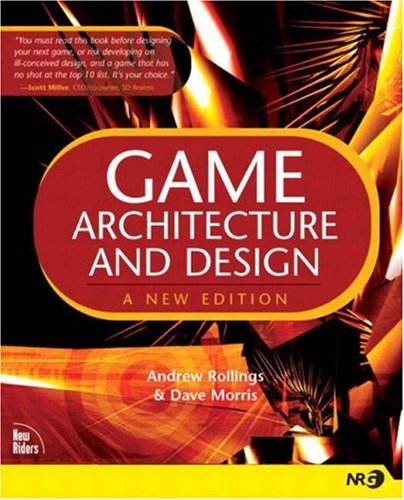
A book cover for Game Architecture and Design: A New Edition; Andrew Rollings; Computers & Technology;